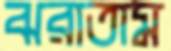
ঝরাতাম